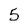
Character: 5